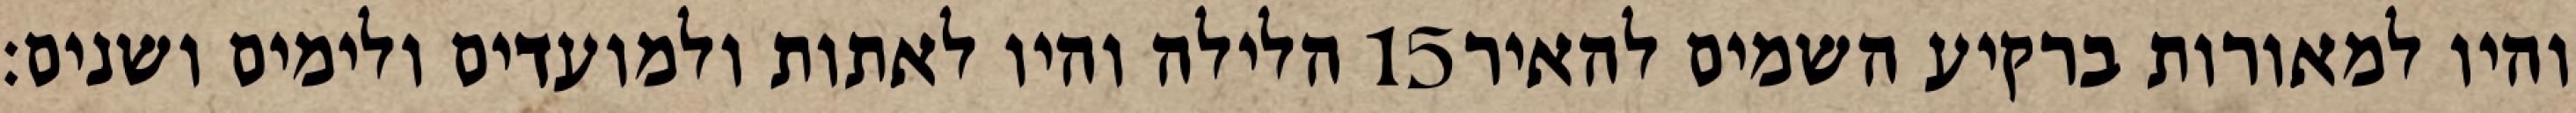
הלילה והיו לאתות ולמועדים ולימים ושנים׃ ‎15‏ והיו למאורות ברקיע השמים להאיר